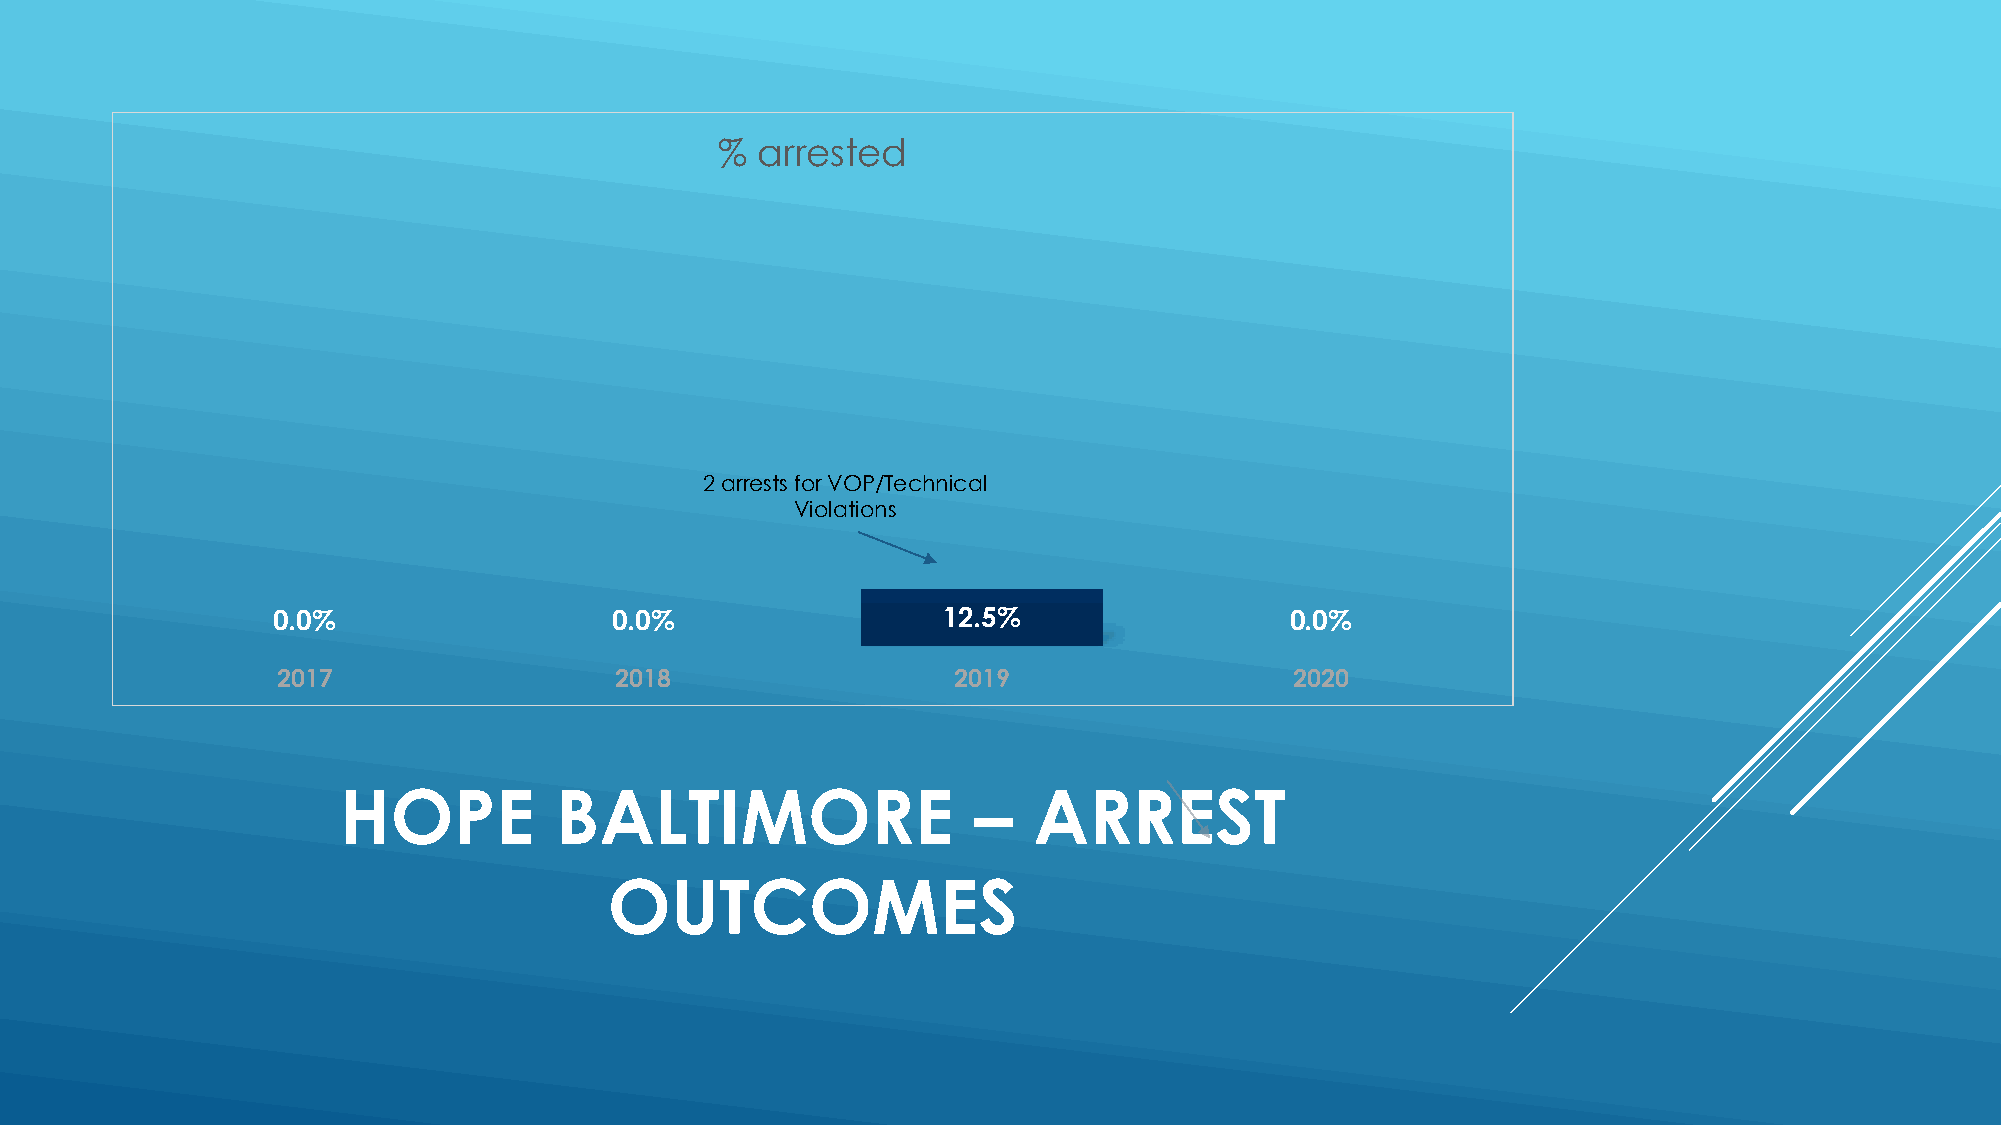
% arrested
 2 arrests for VOP/Technical
 Violations
 0.0%                   0.0%                 12.5%                  0.0%
 2017                   2018                  2019                   2020
 HOPE           BALTIMORE                   –  ARREST
 OUTCOMES